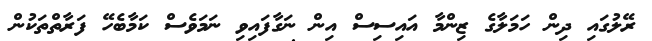
ރޭލުގައި ދިން ހަމަލާގެ ޒިންމާ އައިސިސް އިން ނަގާފައިވި ނަމަވެސް ކަމާބެހޭ ފަރާތްތަކުން